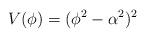
LaTeX: \begin{align*}V(\phi )=(\phi^{2}-\alpha^{2})^{2}\end{align*}